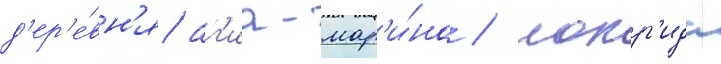
д'ер'е́вн'я аг'иа-мар'и́на / локр'ида